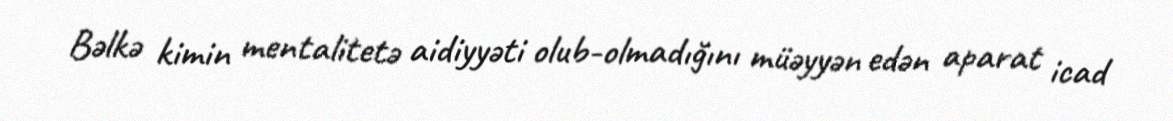
Bəlkə kimin mentalitetə aidiyyəti olub-olmadığını müəyyən edən aparat icad